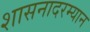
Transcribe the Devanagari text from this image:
शासनादरम्यान